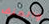
والعنف